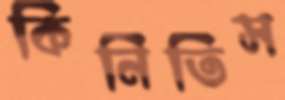
কিনিতিস